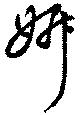
妍